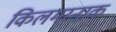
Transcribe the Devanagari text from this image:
किलमरनाक